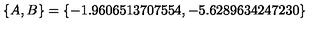
\{ A , B \} = \{ - 1 . 9 6 0 6 5 1 3 7 0 7 5 5 4 , - 5 . 6 2 8 9 6 3 4 2 4 7 2 3 0 \}